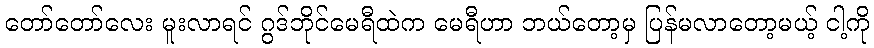
တော်တော်လေး မူးလာရင် ဂွဒ်ဘိုင်မေရီထဲက မေရီဟာ ဘယ်တော့မှ ပြန်မလာတော့မယ့် ငါ့ကို